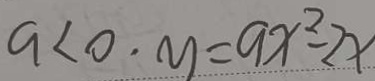
a < 0 \cdot y = a x ^ { 2 } - 2 x